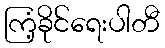
ကြံ့ခိုင်ရေးပါတီ